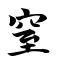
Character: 窒